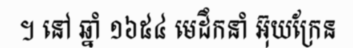
។ នៅ ឆ្នាំ ១៦៥៤ មេដឹកនាំ អ៊ុយក្រែន